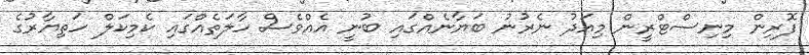
ފޮރިން މިނިސްޓްރީން މިއަދު ނެރުނު ބަޔާނެއްގައި ބުނީ އެއްވެސް ހާލަތެއްގައި ކެމިކަލް ހަތިޔާރުގެ